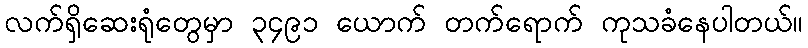
လက်ရှိဆေးရုံတွေမှာ ၃၄၉၁ ယောက် တက်ရောက် ကုသခံနေပါတယ်။